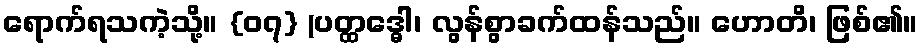
ရောက်ရသကဲ့သို့။ {၀၇} (ပတ္ထဒ္ဓေါ၊ လွန်စွာခက်ထန်သည်။ ဟောတိ၊ ဖြစ်၏။